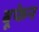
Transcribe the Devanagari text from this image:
बूफेन